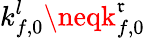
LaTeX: k_{f,0}^{l}\neqk_{f,0}^{\mathfrak{r}}